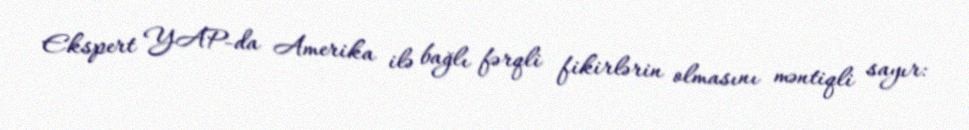
Ekspert YAP-da Amerika ilə bağlı fərqli fikirlərin olmasını məntiqli sayır: